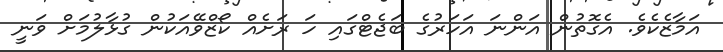
އަމާޒެކެވެ. އެގޮތުން އަންނަ އަހަރުގެ ބަޖެޓްގައި ހަ ރަށެއް ކޯޒްވޭއަކުން ގުޅާލުމަށް ވަނީ